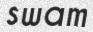
swam